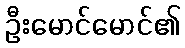
ဦးမောင်မောင်၏